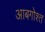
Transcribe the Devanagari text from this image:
आबगोश्त